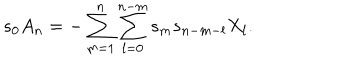
s _ { 0 } A _ { n } = - \sum _ { m = 1 } ^ { n } \sum _ { l = 0 } ^ { n - m } s _ { m } s _ { n - m - l } X _ { l } .